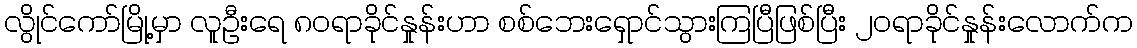
လွိုင်ကော်မြို့မှာ လူဦးရေ ၈၀ရာခိုင်နှုန်းဟာ စစ်ဘေးရှောင်သွားကြပြီဖြစ်ပြီး ၂၀ရာခိုင်နှုန်းလောက်က